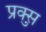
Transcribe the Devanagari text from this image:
प्रुक्स